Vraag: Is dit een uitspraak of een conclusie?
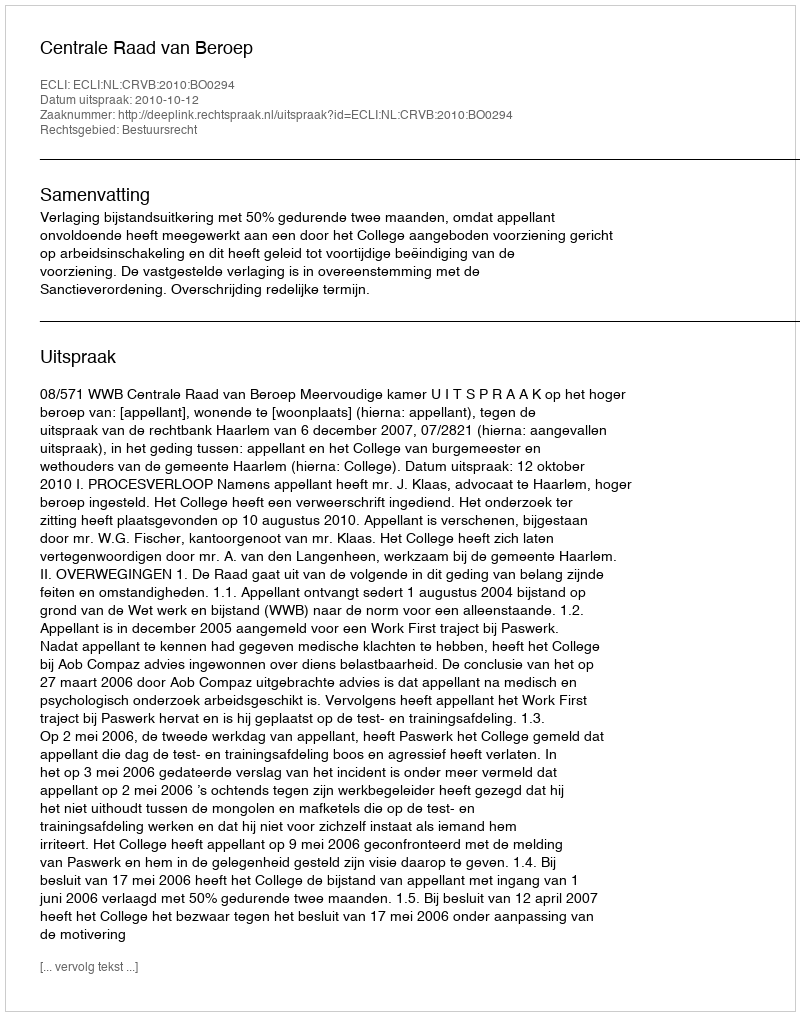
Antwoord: Uitspraak